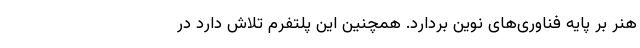
هنر بر پایه فناوری‌های نوین بردارد. همچنین این پلتفرم تلاش دارد در